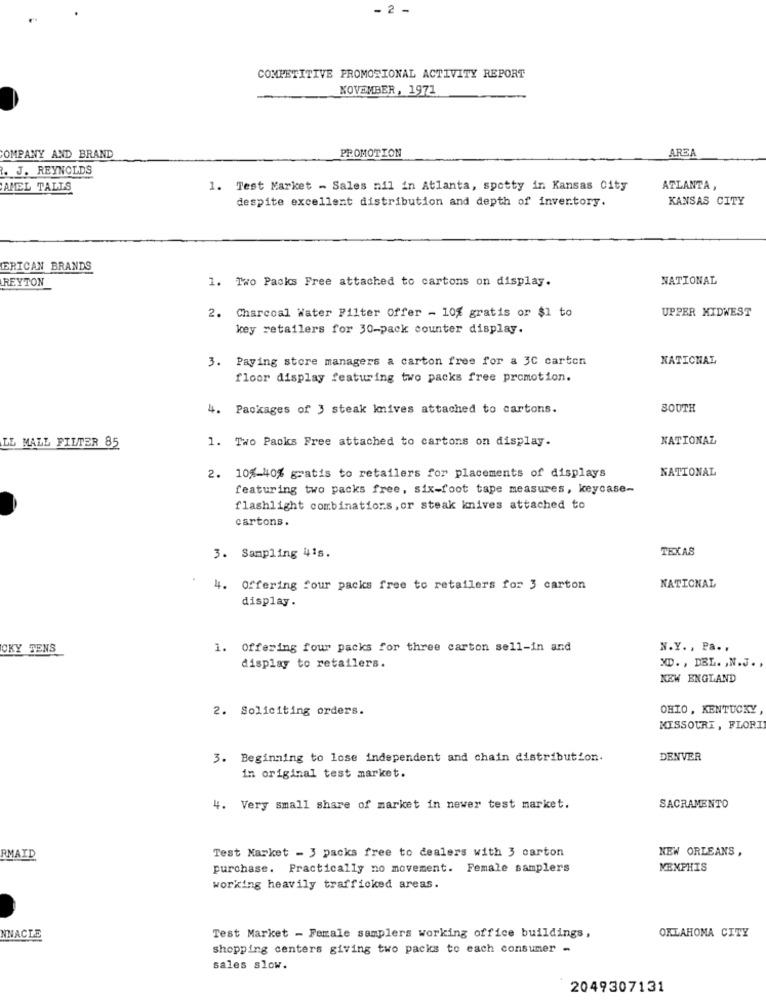
-
COMPETITIVE PROMOTIONAL ACTIVITY REPORT
NOVEMBER, 1971
PROMOTION
AREA
COMPANY AND BRAND
. J. REYNOLDS
AMEL TALLS
1. Test Market - Sales nil in Atlanta, spotty in Kansas City
ATLANTA,
despite excellent distribution and depth of invertory.
KANSAS CITY
ERICAN BRANDS
REYTON
1. Two Packs Free attached to cartons on display.
NATIONAL
UPPER MIDWEST
2. Charcoal Water Filter Offer - 10% gratis or $1 to
key retailers for 30-pack counter display.
3. Paying store managers a carton free for a 3C carton
NATIONAL
floor display featuring two packs free promotion.
4. Packages of 3 steak knives attached to cartons.
SOUTH
LL MALL FILTER 85
1. Two Packs Free attached to cartons on display.
NATIONAL
NATIONAL
2. 10%-40% gratis to retailers for placements of displays
featuring two packs free, six-foot tape measures, keycase-
flashlight combinations, or steak knives attached to
cartons.
TEXAS
3. Sampling 41s.
4. Offering four packs free to retailers for 3 carton
NATIONAL
display.
CKY TENS
1. Offering four packs for three carton sell-in and
N.Y. , Pa. .
display to retailers.
XD ., DEL. , N.J .,
NEW ENGLAND
2. Soliciting orders.
OHIO, KENTUCKY
MISSOURI, FLORI
3. Beginning to lose independent and chain distribution.
DENVER
in original test market.
4. Very small share of market in newer test market.
SACRAMENTO
Test Market - 3 packs free to dealers with 3 carton
NEW ORLEANS ,
RMAID
purchase. Practically no movement. Female samplers
MENPHIS
working heavily trafficked areas.
NNACLE
Test Market - Female samplers working office buildings,
OKLAHOMA CITY
shopping centers giving two packs to each consumer -
sales slow.
2049307131